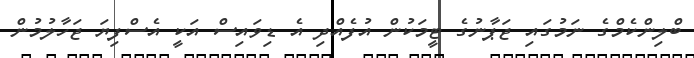
ބްލިންކެމްގެ ނަމުގައި ޖަޕާނުގެ ޓީމަކުން އުފެއްދި އެ ޑިވައިސް އަކީ އެސްފިޔަ ޖަހާލުމުން